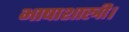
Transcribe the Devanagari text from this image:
भाषाशास्त्री।